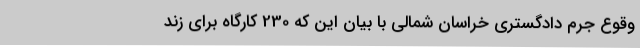
وقوع جرم دادگستری خراسان شمالی با بیان این که 230 کارگاه برای زند